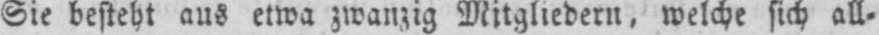
Sie besteht aus etwa zwanzig Mitgliedern, welche sich all⸗